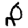
Digit: 8